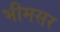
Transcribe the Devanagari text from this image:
भीमसर